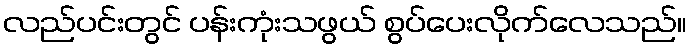
လည်ပင်းတွင် ပန်းကုံးသဖွယ် စွပ်ပေးလိုက်လေသည်။